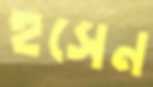
হুসেন